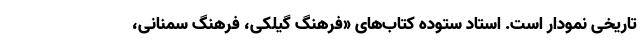
تاریخی نمودار است. استاد ستوده کتاب‌های «فرهنگ گیلکی، فرهنگ سمنانی،